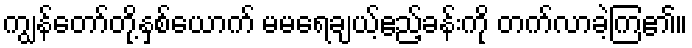
ကျွန်တော်တို့နှစ်ယောက် မမရေချယ့်ဧည့်ခန်းကို တက်လာခဲ့ကြ၏။